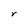
Character: r